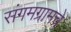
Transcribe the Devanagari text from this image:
संगमग्रामचे